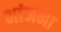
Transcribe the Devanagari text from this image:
भांजना